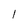
Character: 1